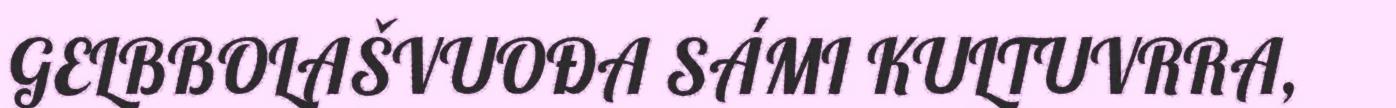
GELBBOLAŠVUOĐA SÁMI KULTUVRRA,